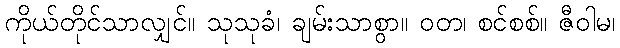
ကိုယ်တိုင်သာလျှင်။ သုသုခံ၊ ချမ်းသာစွာ။ ဝတ၊ စင်စစ်။ ဇီဝါမ၊